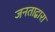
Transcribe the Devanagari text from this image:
जनताद्वारा